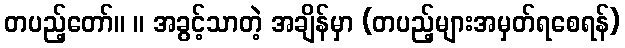
တပည့်တော်။ ။ အခွင့်သာတဲ့ အချိန်မှာ (တပည့်များအမှတ်ရစေရန်)